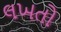
લખતો